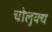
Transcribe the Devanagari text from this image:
चोलुक्य